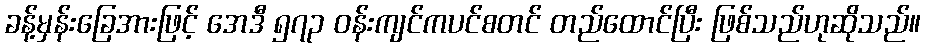
ခန့်မှန်းခြေအားဖြင့် အေဒီ ၅၇၃ ဝန်းကျင်ကပင်စတင် တည်ထောင်ပြီး ဖြစ်သည်ဟုဆိုသည်။